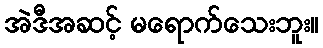
အဲဒီအဆင့် မရောက်သေးဘူး။